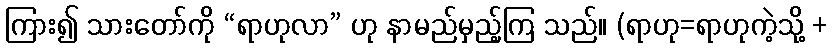
ကြား၍ သားတော်ကို “ရာဟုလာ” ဟု နာမည်မှည့်ကြ သည်။ (ရာဟု=ရာဟုကဲ့သို့ +